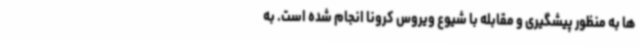
ها به منظور پیشگیری و مقابله با شیوع ویروس کرونا انجام شده است. به